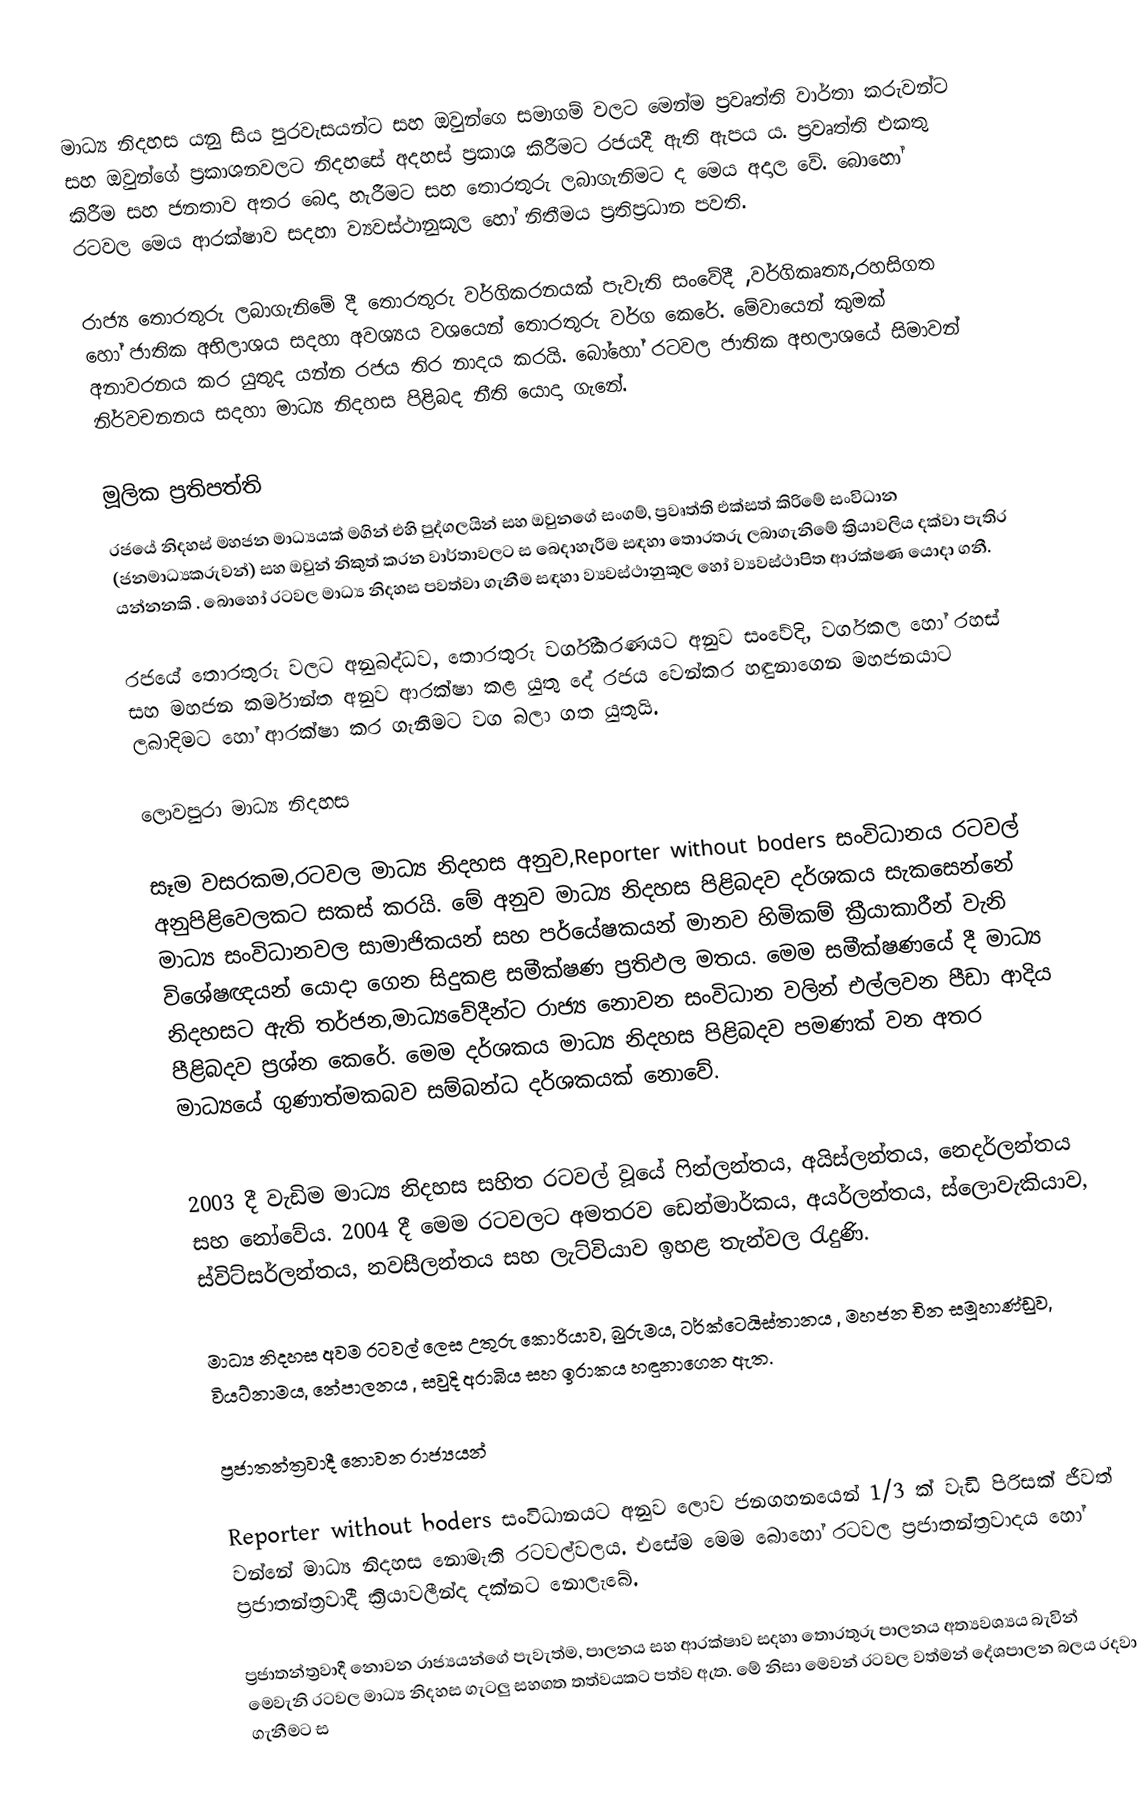
මාධ්‍ය නිදහස යනු සිය පුරවැසයන්ට සහ ඔවුන්ගෙ සමාගම් වලට මෙන්ම ප්‍රවෘත්ති වාර්තා කරුවන්ට සහ ඔවුන්ගේ ප්‍රකාශනවලට නිදහසේ අදහස් ප්‍රකාශ කිරීමට රජයදී ඇති ඇපය ය. ප්‍රවෘත්ති එකතු කිරීම සහ ජනතාව අතර බෙදා හැරීමට සහ තොරතුරු ලබාගැනිමට ද මෙය අදාල වේ. බොහෝ රටවල මෙය ආරක්ෂාව සදහා ව්‍යවස්ථානුකූල හෝ නිතීමය ප්‍රතිප්‍රධාන පවති.

රාජ්‍ය තොරතුරු ලබාගැනිමේ දී තොරතුරු වර්ගිකරනයක් පැවැති  සංවේදී ,වර්ගිකෘත්‍ය,රහසිගත හෝ ජාතික අභිලාශය සදහා අවශ්‍යය වශයෙන් තොරතුරු වර්ග කෙරේ. මේවායෙන් කුමක් අනාවරනය කර යුතුද යන්න රජය තිර නාදය කරයි. බෝහෝ රටවල ජාතික අභලාශයේ සිමාවන් නිර්වචනනය සදහා මාධ්‍ය නිදහස පිළිබද නීති යොදා ගැනේ.

මූලික ප්‍රතිපත්ති
රජයේ නිදහස් මහජන මාධ්‍යයක් මගින් එහි පුද්ගලයින් සහ ඔවුනගේ සංගම්, ප්‍රවෘත්ති එක්සත් කිරිමේ සංවිධාන (ජනමාධ්‍යකරුවන්) සහ ඔවුන් නිකුත් කරන වාර්තාවලට ස බෙදාහැරීම සඳහා තොරතරු ලබාගැනිමේ ක්‍රියාවලිය දක්වා පැතිර යන්නනකි . බොහෝ රටවල මාධ්‍ය නිදහස පවත්වා ගැනීම සඳහා ව්‍යවස්ථානුකූල හෝ ව්‍යවස්ථාපිත ආරක්ෂණ යොදා ගනී.

රජයේ තොරතුරු වලට අනුබද්ධව, තොරතුරු වර්ගීකරණයට අනුව සංවේදි, වර්ගකල හෝ රහස් සහ මහජන කර්මාන්ත අනුව ආරක්ෂා කළ යුතු දේ රජය ‍වෙන්කර හඳුනාගෙන මහජනයාට ලබාදිමට හෝ ආරක්ෂා කර ගැනීමට වග බලා ගත යුතුයි.

ලොවපුරා මාධ්‍ය නිදහස

සෑම වසරකම,රටවල මාධ්‍ය නිදහස අනුව,Reporter without boders සංවිධානය රටවල් අනුපිළිවෙලකට සකස් කරයි. මේ අනුව මාධ්‍ය නිදහස පිළිබදව දර්ශකය සැකසෙන්නේ මාධ්‍ය සංවිධානවල සාමාජිකයන් සහ පර්යේෂකයන් මානව හිමිකම් ක්‍රීයාකාරීන් වැනි විශේෂඥයන් යොදා ගෙන සිදුකළ සමීක්ෂණ ප්‍රතිඵල මතය. මෙම සමීක්ෂණයේ දී මාධ්‍ය නිදහසට ඇති තර්ජන,මාධ්‍යවේදීන්ට රාජ්‍ය නොවන සංවිධාන වලින් එල්ලවන පීඩා ආදිය පීළිබදව ප්‍රශ්න කෙරේ. මෙම දර්ශකය මාධ්‍ය නිදහස පිළිබදව පමණක් වන අතර මාධ්‍යයේ ගුණාත්මකබව සම්බන්ධ දර්ශකයක් නොවේ.

2003 දී වැඩිම මාධ්‍ය නිදහස සහිත රටවල් වූයේ ෆින්ලන්තය, අයිස්ලන්තය, නෙදර්ලන්තය සහ නෝවේය. 2004 දී මෙම රටවලට අමතරව ඩෙන්මාර්කය, අයර්ලන්තය, ස්ලොවැකියාව, ස්විට්සර්ලන්තය, නවසීලන්තය සහ ලැට්වියාව ඉහළ තැන්වල රැදුණි.

මාධ්‍ය නිදහස අවම රටවල් ලෙස උතුරු කොරියාව, බුරුමය, ටර්ක්ටෙයිස්තානය , මහජන චින සමූහාණ්ඩුව, වියට්නාමය, නේපාලනය , සවුදි අරාබිය සහ ඉරාකය හඳුනාගෙන ඇත.

ප්‍රජාතන්ත්‍රවාදී නොවන රාජ්‍යයන්

Reporter without boders සංවිධානයට අනුව ලොව ජනගහනයෙන් 1/3 ක් වැඩි පිරිසක් ජීවත් වන්නේ මාධ්‍ය නිදහස නොමැති රටවල්වලය. එසේම මෙම බොහෝ රටවල ප්‍රජාතන්ත්‍රවාදය හෝ ප්‍රජාතන්ත්‍රවාදී ක්‍රියාවලීන්ද දක්නට නොලැබේ.

ප්‍රජාතන්ත්‍රවාදී නොවන රාජ්‍යයන්ගේ පැවැත්ම, පාලනය සහ ආරක්ෂාව සදහා තොරතුරු පාලනය අත්‍යවශ්‍යය බැවින් මෙවැනි රටවල මාධ්‍ය නිදහස ගැටලු සහගත තත්වයකට පත්ව ඇත. මේ නිසා මෙවන් රටවල වත්මන් දේශපාලන බලය රදවා ගැනීමට ස